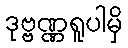
ဒုဗ္ဗဏ္ဏရူပါမှိ